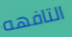
التافهه